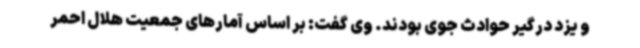
و یزد درگیر حوادث جوی بودند. وی گفت:‌ بر اساس آمارهای جمعیت هلال احمر